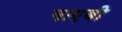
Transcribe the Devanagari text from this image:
नाएबी